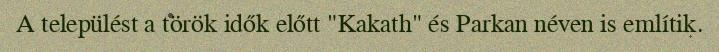
A települést a török idők előtt "Kakath" és Parkan néven is említik.